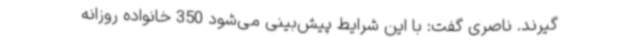
گیرند. ناصری گفت: با این شرایط پیش‌بینی می‌شود 350 خانواده روزانه